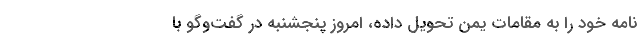
نامه خود را به مقامات یمن تحویل داده، امروز پنجشنبه در گفت‌وگو با